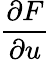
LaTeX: \frac{\partial F}{\partial u}